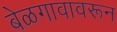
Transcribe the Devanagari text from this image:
बेळगावावरून